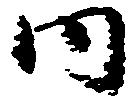
内